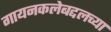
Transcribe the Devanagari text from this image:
गायनकलेबद्दलच्या